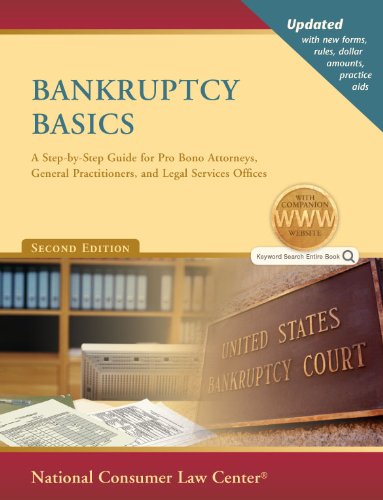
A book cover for Bankruptcy Basics: A Step-by-step Guide for Pro Bono Attorneys, General Practitioners, and Legal Services Offices; John Rao; Law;